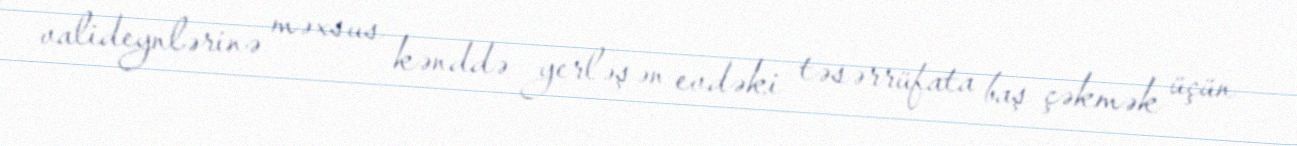
valideynlərinə məxsus kənddə yerləşən evdəki təsərrüfata baş çəkmək üçün